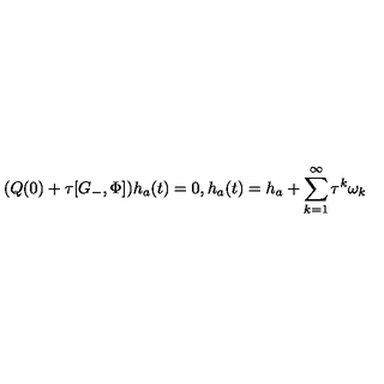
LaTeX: ( Q ( 0 ) + \tau [ G _ { - } , \Phi ] ) h _ { a } ( t ) = 0 , h _ { a } ( t ) = h _ { a } + \sum _ { k = 1 } ^ { \infty } \tau ^ { k } \omega _ { k }